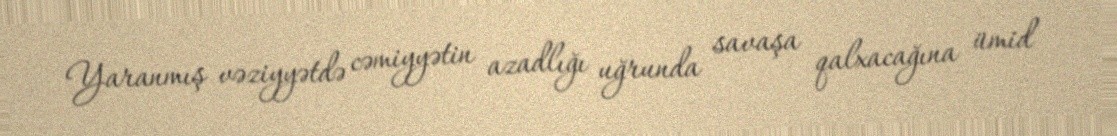
Yaranmış vəziyyətdə cəmiyyətin azadlığı uğrunda savaşa qalxacağına ümid